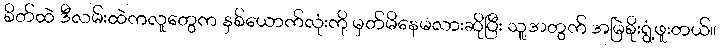
စိတ်ထဲ ဒီလမ်းထဲကလူတွေက နှစ်ယောက်လုံးကို မှတ်မိနေမလားဆိုပြီး သူ့အတွက် အမြဲစိုးရွံ့ဖူးတယ်။